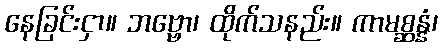
နေခြင်းငှာ။ ဘဗ္ဗော၊ ထိုက်သနည်း။ ကာမစ္ဆန္နံ၊